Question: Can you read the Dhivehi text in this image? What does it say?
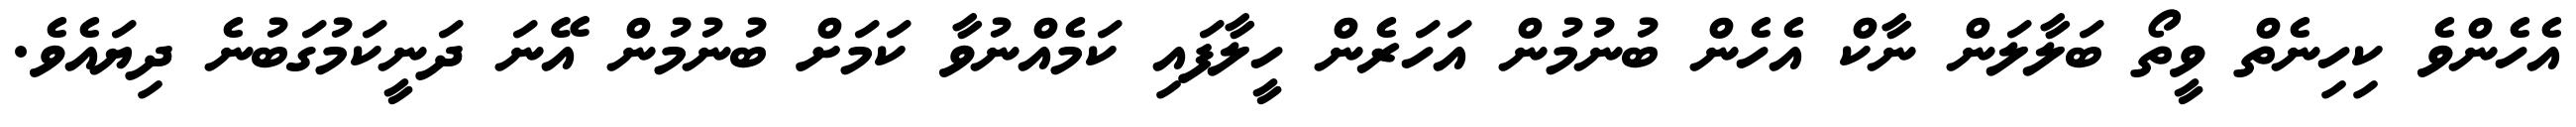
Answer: އެހެންވެ ކިހިނެތް ވީތޯ ބަލާލަން ނާކް އެހެން ބުނުމުން އަހަރެން ހީލާފައި ކަމެއްނުވާ ކަމަށް ބުނުމުން އޭނަ ދަނީކަމުގަބުނެ ދިޔައެވެ.